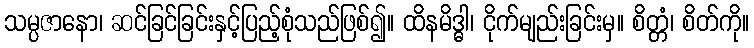
သမ္ပဇာနော၊ ဆင်ခြင်ခြင်းနှင့်ပြည့်စုံသည်ဖြစ်၍။ ထိနမိဒ္ဓါ၊ ငိုက်မျည်းခြင်းမှ။ စိတ္တံ၊ စိတ်ကို။